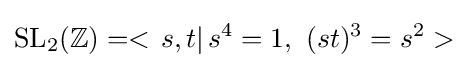
{\text{SL}}_{2}(\mathbb {Z} )=<\left.s,t\right|s^{4}=1,\,\,(st)^{3}=s^{2}>